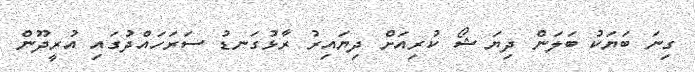
ގިނަ ބަޔަކު ބަލަން ދިޔަ ޝޯ ކުރިއަށް ދިޔައިރު ރާޅުގަނޑު ސަރަހައްދުގައި އުރީދޫން